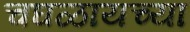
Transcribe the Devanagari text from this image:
चघळायच्या